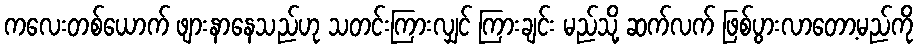
ကလေးတစ်ယောက် ဖျားနာနေသည်ဟု သတင်းကြားလျှင် ကြားချင်း မည်သို့ ဆက်လက် ဖြစ်ပွားလာတော့မည်ကို